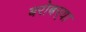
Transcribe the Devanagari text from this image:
बरोबर्‍या